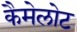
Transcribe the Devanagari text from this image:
कैमेलोट